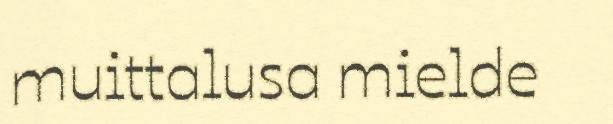
muittalusa mielde